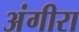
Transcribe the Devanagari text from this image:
अंगीरा